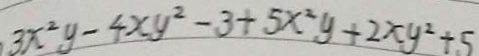
3 x ^ { 2 } y - 4 x y ^ { 2 } - 3 + 5 x ^ { 2 } y + 2 x y ^ { 2 } + 5